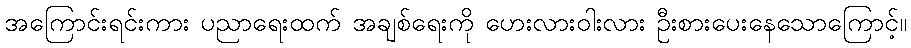
အကြောင်းရင်းကား ပညာရေးထက် အချစ်ရေးကို ဟေးလားဝါးလား ဦးစားပေးနေသောကြောင့်။